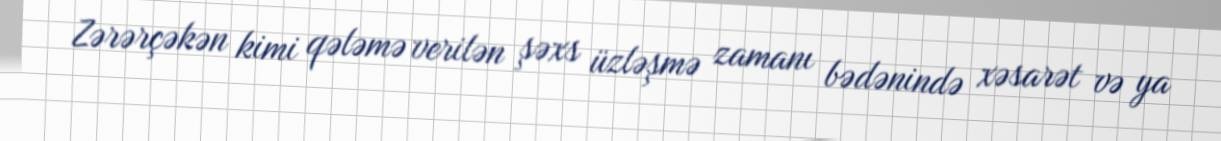
Zərərçəkən kimi qələmə verilən şəxs üzləşmə zamanı bədənində xəsarət və ya